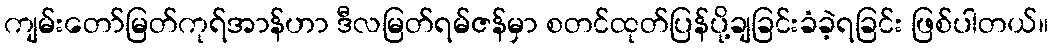
ကျမ်းတော်မြတ်ကုရ်အာန်ဟာ ဒီလမြတ်ရမ်ဇန်မှာ စတင်ထုတ်ပြန်ပို့ချခြင်းခံခဲ့ရခြင်း ဖြစ်ပါတယ်။